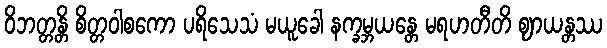
ဝိဘတ္တန္တိ စိတ္တဝါစကော ပရိသေသံ မယူခေါ နက္ခမ္ဘယန္တေ မရဟတီတိ ဈာယန္တဿ